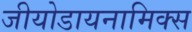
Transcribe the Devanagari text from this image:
जीयोडायनामिक्स